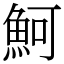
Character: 魺